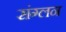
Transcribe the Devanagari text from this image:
संग्लन